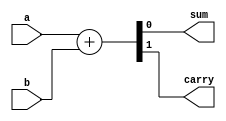
`timescale 1ns / 1ps

module half_adder_bh(
    input wire a,
    input wire b,
    output reg sum,
    output reg carry
    );
    always @(*)
    begin
    {carry,sum} = a+b; 
    end
    
endmodule